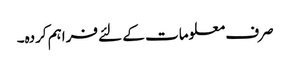
صرف معلومات کے لئے فراہم کردہ۔